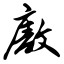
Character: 廒